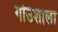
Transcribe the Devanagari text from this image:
गोउशाला